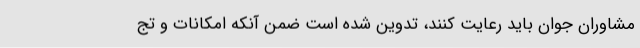
مشاوران جوان باید رعایت کنند، تدوین شده است ضمن آنکه امکانات و تج